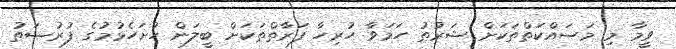
ވީމާ މި މަސައްކަތްތަކަށް ޝަރުޠު ހަމަވާ ހުރިހާ ފަރާތްތަކަށް ބީލަން ހުށަހެޅުމުގެ ފުރުޞަތު